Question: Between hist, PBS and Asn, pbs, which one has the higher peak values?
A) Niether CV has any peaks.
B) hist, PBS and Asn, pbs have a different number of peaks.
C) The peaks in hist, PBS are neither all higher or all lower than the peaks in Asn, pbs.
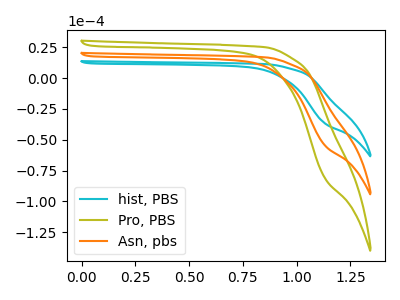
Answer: <think>The cyan curve "hist, PBS" has no peaks. The olive curve "Pro, PBS" has no peaks. The orange curve "Asn, pbs" has no peaks.</think>
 <answer>A) Niether CV has any peaks.</answer>
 <eval>A</eval>